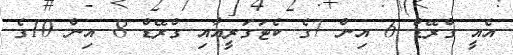
އެއީ ގްރޭޑް 6 އިން 7ގެ ކެޓަގަރީއާއި ގްރޭޑް 8 އިން 10ގެ